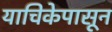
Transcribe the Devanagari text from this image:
याचिकेपासून